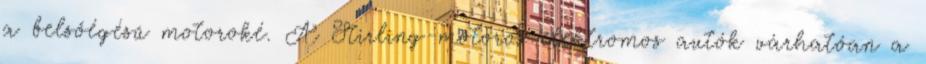
a belsőégésű motoroké. A Stirling-motoros elektromos autók várhatóan a